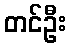
တင်ဦး